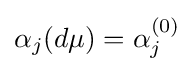
\alpha _{j}(d\mu )=\alpha _{j}^{(0)}